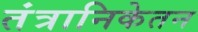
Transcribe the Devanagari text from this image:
तंत्रानिकेतन